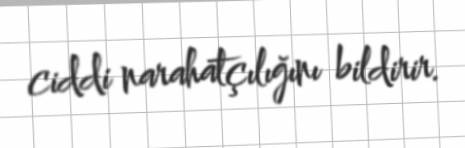
ciddi narahatçılığını bildirir.